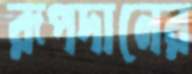
রূপদানের